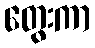
တွေးကာ